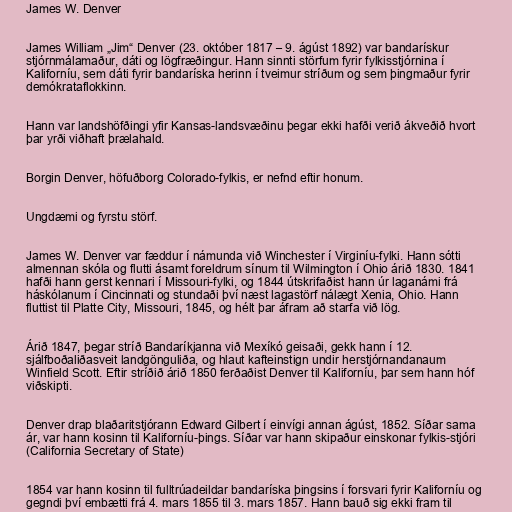
James W. Denver

James William „Jim“ Denver (23. október 1817 – 9. ágúst 1892) var bandarískur
stjórnmálamaður, dáti og lögfræðingur. Hann sinnti störfum fyrir fylkisstjórnina í
Kaliforníu, sem dáti fyrir bandaríska herinn í tveimur stríðum og sem þingmaður fyrir
demókrataflokkinn.

Hann var landshöfðingi yfir Kansas-landsvæðinu þegar ekki hafði verið ákveðið hvort
þar yrði viðhaft þrælahald.

Borgin Denver, höfuðborg Colorado-fylkis, er nefnd eftir honum.

Ungdæmi og fyrstu störf.

James W. Denver var fæddur í námunda við Winchester í Virginíu-fylki. Hann sótti
almennan skóla og flutti ásamt foreldrum sínum til Wilmington í Ohio árið 1830. 1841
hafði hann gerst kennari í Missouri-fylki, og 1844 útskrifaðist hann úr laganámi frá
háskólanum í Cincinnati og stundaði því næst lagastörf nálægt Xenia, Ohio. Hann
fluttist til Platte City, Missouri, 1845, og hélt þar áfram að starfa við lög.

Árið 1847, þegar stríð Bandaríkjanna við Mexíkó geisaði, gekk hann í 12.
sjálfboðaliðasveit landgönguliða, og hlaut kafteinstign undir herstjórnandanaum
Winfield Scott. Eftir stríðið árið 1850 ferðaðist Denver til Kaliforníu, þar sem hann hóf
viðskipti.

Denver drap blaðaritstjórann Edward Gilbert í einvígi annan ágúst, 1852. Síðar sama
ár, var hann kosinn til Kaliforníu-þings. Síðar var hann skipaður einskonar fylkis-stjóri
(California Secretary of State)

1854 var hann kosinn til fulltrúadeildar bandaríska þingsins í forsvari fyrir Kaliforníu og
gegndi því embætti frá 4. mars 1855 til 3. mars 1857. Hann bauð sig ekki fram til